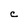
Character: C